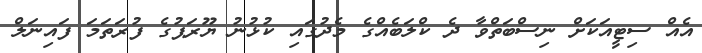
އެއް ސިޓީއަކަށް ނިސްބަތްވާ ދެ ކްލަބެއްގެ މެދުގައި ކުޅުނު ޔޫރަޕުގެ ފުރަތަަމަ ފައިނަލް